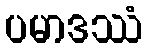
ပမာဒဿံ